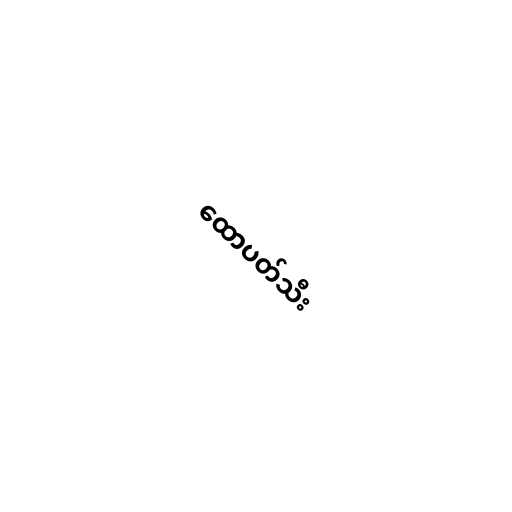
ထောပတ်သီး